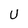
Character: U